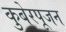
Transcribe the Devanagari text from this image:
कुबेरपूजन